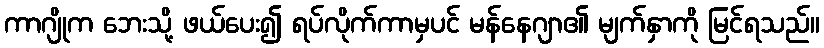
ကာဂျိုက ဘေးသို့ ဖယ်ပေး၍ ရပ်လိုက်ကာမှပင် မန်နေဂျာ၏ မျက်နှာကို မြင်ရသည်။